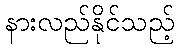
နားလည်နိုင်သည့်